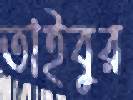
তাইবুর